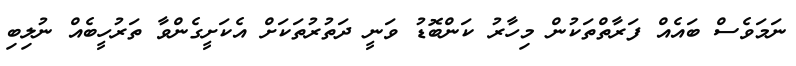
ނަމަވެސް ބައެއް ފަރާތްތަކުން މިހާރު ކަންބޮޑު ވަނީ ދަތުރުތަކަށް އެކަށީގެންވާ ތަރުހީބެއް ނުލިބި